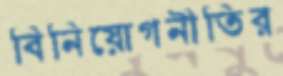
বিনিয়োগনীতির